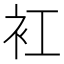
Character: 𧘍